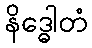
နိဒ္ဓေါတံ